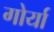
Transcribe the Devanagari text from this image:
गोर्या